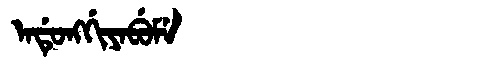
Manchu: ᠠᡩᡠᠩᡤᡳᠶᠠᠪᡠᠮᡝ
Romanization: ADUNGGIYABUME